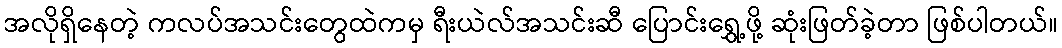
အလိုရှိနေတဲ့ ကလပ်အသင်းတွေထဲကမှ ရီးယဲလ်အသင်းဆီ ပြောင်းရွှေ့ဖို့ ဆုံးဖြတ်ခဲ့တာ ဖြစ်ပါတယ်။